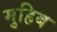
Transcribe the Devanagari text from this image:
मुहिब